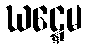
ဃဋ္ဋေမ